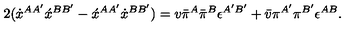
2 ( \dot { x } ^ { A A ^ { \prime } } \acute { x } ^ { B B ^ { \prime } } - \acute { x } ^ { A A ^ { \prime } } \dot { x } ^ { B B ^ { \prime } } ) = v \bar { \pi } ^ { A } \bar { \pi } ^ { B } \epsilon ^ { A ^ { \prime } B ^ { \prime } } + \bar { v } \pi ^ { A ^ { \prime } } \pi ^ { B ^ { \prime } } \epsilon ^ { A B } .